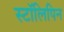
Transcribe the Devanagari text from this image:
स्टॉलिपिन